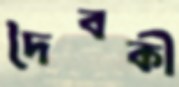
দৈবকী